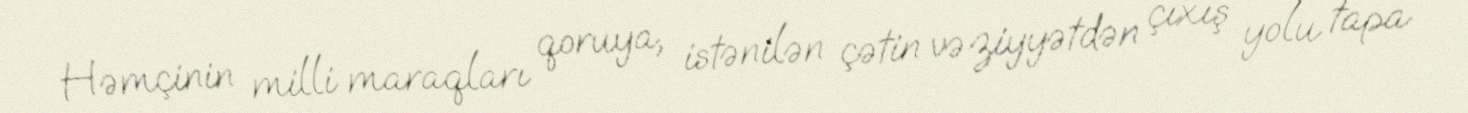
Həmçinin milli maraqları qoruya, istənilən çətin vəziyyətdən çıxış yolu tapa